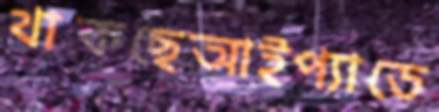
থাকছেআইপ্যাডে